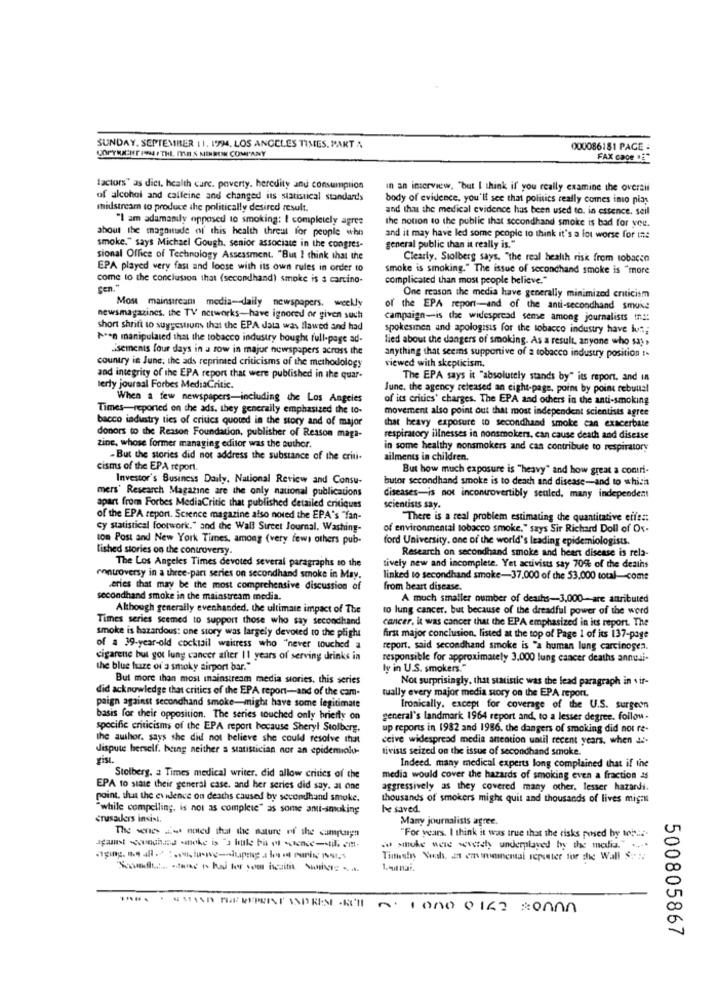
SUNDAY, SEPTEMBER 11. ITM, LOS ANGELES TIMES, PART A
000086181 PAGE -
COPYRIGHT PHPTHE ME S MENROK COMPANY
FAX caoe ."
factors" as dict, health care. poverty. heredity and consumption
in an interview, "but I think if you really examine the overait
of alcohol and calleine and changed its statistical standards
body of evidence, you'll see that politics really comes into pias
midstream to produce the politically desired result.
and that the medical evidence has been used to. in essence. seil
"I am adamanily opposed to smoking: I completely agree
the notion to the public that secondhand smoke is bad for you.
about the magnitude of this health threat for people who
and it may have led some people to think it's a lot worse for ine
smoke." says Michael Gough, senior associate in the congres-
general public than it really is."
sional Office of Technology Assessment. "But I think that the
Clearly. Stolberg says, "the real health risk from tobacon
EPA played very fast and loose with its own rules in order to
smoke is smoking." The issue of secondhand smoke is "more
come to the conclusion that (secondhand) smoke is a carcino-
complicated than most people believe."
CEn."
One reason the media have generally minimized criticism
Most mainstream media-daily newspapers, weekly
of the EPA report-and of the anti-secondhand smule
newsmagazines, the TV networks-have ignored or given such
campaign-is the widespread sense among journalists in ::
short shrift to suggestions that the EPA data was flawed and had
spokesmen and apologists for the tobacco industry have ion;
hen manipulated that the tobacco industry bought full-page ad-
lied about the dangers of smoking. As a result, anyone who say ,
isements four days in a row in major newspapers across the
country in June; the ads reprinted criticisms of the methodology
anything that seems supportive of a tobacco industry position :.
viewed with skepticism.
and integrity of the EPA report that were published in the quar-
The EPA says it "absolutely stands by" its report, and in
terly journal Forbes MediaCritic.
June, the agency released an eight-page, poim by point rebuttal
When a few newspapers-including the Los Angeles
of its critics' charges. The EPA and others in the anti-smoking
Times-reported on the ads, they generally emphasized the to-
movement also point out that most independent scientists agree
bacco industry ties of critics quoted in the story and of major
donors to the Reason Foundation, publisher of Reason maga-
that heavy exposure to secondhand smoke can exacerbate
respiratory illnesses in nonsmokers, can cause death and disease
zine, whose former managing editor was the author.
in some healthy nonsmokers and can contribute to respiratory
-But the stories did not address the substance of the criti-
ailments in children.
cisms of the EPA report.
But how much exposure is "heavy" and how great a contri-
Investor's Business Daily, National Review and Consu-
butor secondhand smoke is to death and disease-and to which
mers' Research Magazine are the only national publications
diseases-is not incontrovertibly seuled, many independent
apart from Forbes MediaCritic that published detailed critiques
scientists say.
of the EPA report. Science magazine also noted the EPA's "fan-
"There is a real problem estimating the quantitative effe ::
Cy statistical footwork." and the Wall Street Journal. Washing-
of environmental tobacco smoke," says Sir Richard Doll of Ox-
ton Post and New York Times, among (very fews others pub-
ford University. one of the world's leading epidemiologists.
lished stories on the controversy.
Research on secondhand smoke and heart disease is rela-
The Los Angeles Times devoted several paragraphs to the
tively new and incomplete. Yet activists say 70% of the deaths
controversy in a three-part series on secondhand smoke in May.
linked to secondhand smoke-37.000 of the 53.000 total-come
eries that may be the most comprehensive discussion of
from heart disease.
secondhand smoke in the mainstream media.
A much smaller number of deaths-3,000-are anributed
Although generally evenhanded, the ultimate impact of The
to lung cancer. but because of the dreadful power of the word
Times series seemed to support those who say secondhand
cancer. it was cancer that the EPA emphasized in its report. The
smoke is hazardous: one story was largely devoted to the plight
first major conclusion, listed at the top of Page 1 of its 137-page
of a 39-year-old cocktail waitress who "never touched a
report. said secondhand smoke is "a human lung carcinogen.
cigarene but got lung cancer after 11 years of serving drinks in
responsible for approximately 3.000 lung cancer deaths annuli-
the blue fuze of's smoky airport bar."
ly in U.S. smokers."
But more than most mainstream media stories, this series
Not surprisingly, that statistic was the lead paragraph in . if-
did acknowledge that critics of the EPA report -- and of the cam-
tually every major media story on the EPA report.
paign against secondhand smoke-might have some legitimate
Ironically, except for coverage of the U.S. surgeon
basis for their opposition. The series touched only briefly on
general's landmark 1964 report and, to a lesser degree. foilow.
specific criticisms of the EPA report because Sheryl Stolberg.
up reports in 1982 and 1956, the dangers of smoking did not re-
the author, says she did not believe she could resolve that
ceive widespread media anention until recent years. when a
dispute herself. being neither a statistician nor an epidemiolo-
tivisas seized on the issue of secondhand smoke.
gist.
Indeed. many medical experts long complained that if the
Stolberg. a Times medical writer. did allow critics of the
media would cover the hazards of smoking even a fraction as
EPA to state their general case, and her series did say. at one
aggressively as they covered many other. lesser hazardi.
point, shut the evidence on deaths caused by secondhand smoke.
thousands of smokers might quit and thousands of lives migas
"while compelling, is not as complete" as some anti-smoking
he saved.
crusaders insist.
Many journalists agree.
"For years. I think it was true that the risks posed by ton ....
smoke were switch underplayed by the media."
Timuhs Noch, at envioeinental repeater for the Wall $ :.:.
nº 1000 0162 :onAn
500805867